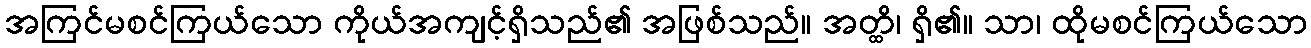
အကြင်မစင်ကြယ်သော ကိုယ်အကျင့်ရှိသည်၏ အဖြစ်သည်။ အတ္ထိ၊ ရှိ၏။ သာ၊ ထိုမစင်ကြယ်သော